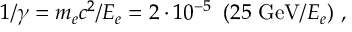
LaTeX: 1 / \gamma = m _ { e } c ^ { 2 } / E _ { e } = 2 \cdot 1 0 ^ { - 5 } \ \left( 2 5 \ \mathrm { G e V } / E _ { e } \right) \, ,